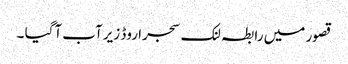
قصور میں رابطہ لنک سجرا روڈ زیرآب آگیا ۔